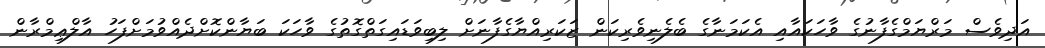
އަދިވެސް މަރްޔަމްގެފާނުގެ ވާހަކައާއި އެކަމަނާގެ ބެލެނިވެރިކަން ޒަކަރިއްޔާގެފާނަށް ލިބިވަޑައިގަތްގޮތުގެ ވާހަކަ ބަޔާންކޮށްދެއްވުމަށްފަހު އާލްޢިމްރާން